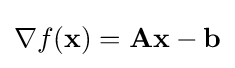
\nabla f(\mathbf {x} )=\mathbf {A} \mathbf {x} -\mathbf {b}